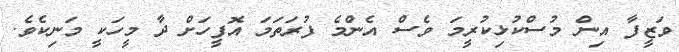
ވަޒީފާ އިން މުސްކުޅިކުރީމަ ވެސް އެންމެ ފުރަތަމަ އޮފީހަށް ދާ މީހަކީ މަނިކެވެ.